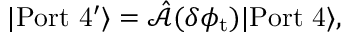
\begin{array} { r } { | \mathrm { P o r t \ 4 ^ { \prime } } \rangle = \hat { \mathcal { A } } ( \delta \phi _ { \mathrm { t } } ) | \mathrm { P o r t \ 4 } \rangle , } \end{array}